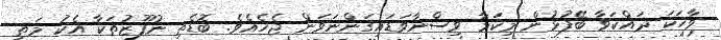
ވާހަކަ ދައްކަވާ ބޭފުޅުން މިކަމާ ވިސްނާވަޑައިގަންނަވަން ޖެހެއެވެ. ބޮޑެތި ނުފޫޒުތަކާ އެކު މަތީ